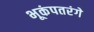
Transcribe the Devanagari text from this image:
भूकंपतरंगे